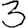
Digit: 3